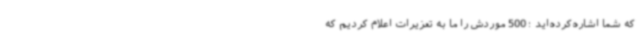
که شما اشاره‌کرده‌اید ؛ 500 موردش را ما به تعزیرات اعلام کردیم که